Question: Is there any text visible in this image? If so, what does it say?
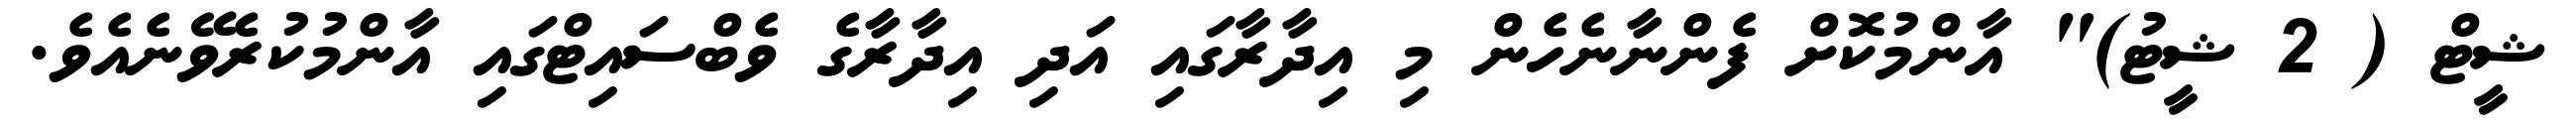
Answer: ޝީޓް ( 2 ޝީޓު)" އާންމުކޮށް ފެންނާނެހެން މި އިދާރާގައި އަދި އިދާރާގެ ވެބްސައިޓްގައި އާންމުކުރެވޭނެއެވެ.